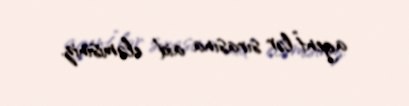
agent”lər sırasına aid eləmisiniz.